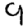
Digit: 9